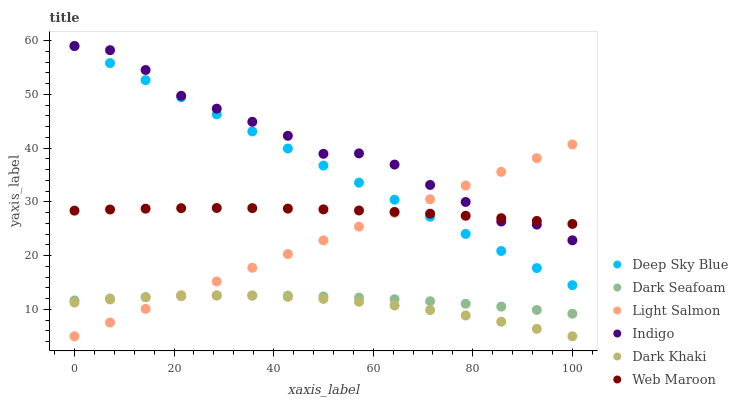
| xaxis_label | Deep Sky Blue | Dark Seafoam | Light Salmon | Indigo | Dark Khaki | Web Maroon |
 | --- | --- | --- | --- | --- | --- | --- |
 | 0 | 59 | 11.7 | 5 | 59 | 11.3 | 28.4 |
 | 7.14 | 55.8 | 12 | 7.55 | 58.2 | 11.8 | 28.6 |
 | 14.3 | 52.6 | 12.3 | 10.1 | 54.5 | 12.3 | 28.7 |
 | 21.4 | 49.5 | 12.5 | 12.6 | 49.7 | 12.5 | 28.8 |
 | 28.6 | 46.3 | 12.6 | 15.2 | 47.3 | 12.6 | 28.9 |
 | 35.7 | 43.1 | 12.6 | 17.7 | 44.9 | 12.5 | 28.8 |
 | 42.9 | 39.9 | 12.5 | 20.3 | 42.3 | 12.3 | 28.8 |
 | 50 | 36.8 | 12.4 | 22.8 | 38.9 | 11.9 | 28.6 |
 | 57.1 | 33.6 | 12.2 | 25.4 | 39 | 11.4 | 28.4 |
 | 64.3 | 30.4 | 11.9 | 27.9 | 36.9 | 10.7 | 28.1 |
 | 71.4 | 27.2 | 11.5 | 30.5 | 33.1 | 9.87 | 27.8 |
 | 78.6 | 24 | 11.1 | 33 | 30 | 8.87 | 27.4 |
 | 85.7 | 20.9 | 10.5 | 35.6 | 26.4 | 7.7 | 27 |
 | 92.9 | 17.7 | 9.89 | 38.1 | 25.8 | 6.38 | 26.5 |
 | 100 | 14.5 | 9.19 | 40.7 | 22.9 | 5 | 25.9 |